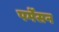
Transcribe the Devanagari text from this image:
पर्मेसन